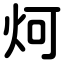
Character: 炣